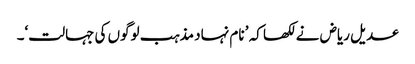
عدیل ریاض نے لکھا کہ ’ نام نہاد مذہب لوگوں کی جہالت‘۔